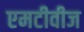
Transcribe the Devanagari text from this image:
एमटीवीज